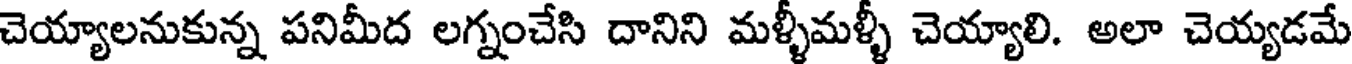
చెయ్యాలనుకున్న పనిమీద లగ్నంచేసి దానిని మళ్ళీమళ్ళీ చెయ్యాలి. అలా చెయ్యడమే